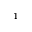
^ { 1 }